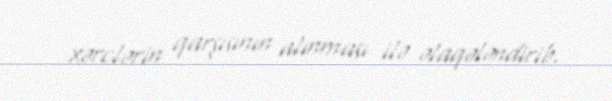
xərclərin qarşısının alınması ilə əlaqələndirib.